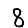
Digit: 8